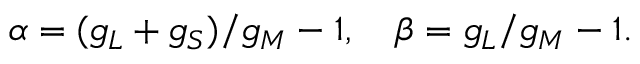
\alpha = ( g _ { L } + g _ { S } ) / g _ { M } - 1 , \quad \beta = g _ { L } / g _ { M } - 1 .